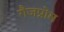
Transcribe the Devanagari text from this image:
गैजप्रोम